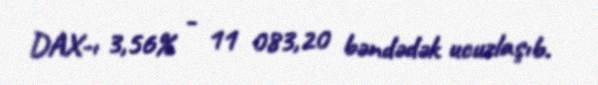
DAX-ı 3,56% - 11 083,20 bəndədək ucuzlaşıb.